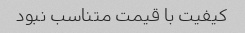
کیفیت با قیمت متناسب نبود